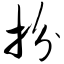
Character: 扮